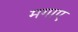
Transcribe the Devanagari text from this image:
मगाए